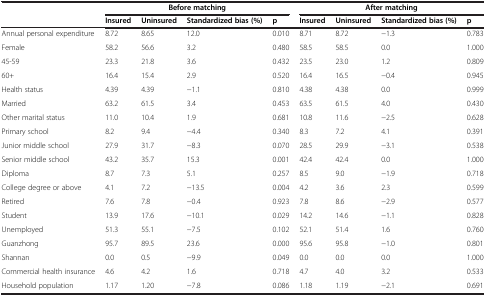
<table><thead><tr><td><b> </b></td><td colspan="4"><b>Before matching</b></td><td colspan="4"><b>After matching</b></td></tr><tr><td><b> </b></td><td><b>Insured</b></td><td><b>Uninsured</b></td><td><b>Standardized bias (%)</b></td><td><b>p</b></td><td><b>Insured</b></td><td><b>Uninsured</b></td><td><b>Standardized bias (%)</b></td><td><b>p</b></td></tr></thead><tbody><tr><td>Annual personal expenditure</td><td>8.72</td><td>8.65</td><td>12.0</td><td>0.010</td><td>8.71</td><td>8.72</td><td>-1.3</td><td>0.783</td></tr><tr><td>Female</td><td>58.2</td><td>56.6</td><td>3.2</td><td>0.480</td><td>58.5</td><td>58.5</td><td>0.0</td><td>1.000</td></tr><tr><td>45-59</td><td>23.3</td><td>21.8</td><td>3.6</td><td>0.432</td><td>23.5</td><td>23.0</td><td>1.2</td><td>0.809</td></tr><tr><td>60+</td><td>16.4</td><td>15.4</td><td>2.9</td><td>0.520</td><td>16.4</td><td>16.5</td><td>-0.4</td><td>0.945</td></tr><tr><td>Health status</td><td>4.39</td><td>4.39</td><td>-1.1</td><td>0.810</td><td>4.38</td><td>4.38</td><td>0.0</td><td>0.999</td></tr><tr><td>Married</td><td>63.2</td><td>61.5</td><td>3.4</td><td>0.453</td><td>63.5</td><td>61.5</td><td>4.0</td><td>0.430</td></tr><tr><td>Other marital status</td><td>11.0</td><td>10.4</td><td>1.9</td><td>0.681</td><td>10.8</td><td>11.6</td><td>-2.5</td><td>0.628</td></tr><tr><td>Primary school</td><td>8.2</td><td>9.4</td><td>-4.4</td><td>0.340</td><td>8.3</td><td>7.2</td><td>4.1</td><td>0.391</td></tr><tr><td>Junior middle school</td><td>27.9</td><td>31.7</td><td>-8.3</td><td>0.070</td><td>28.5</td><td>29.9</td><td>-3.1</td><td>0.538</td></tr><tr><td>Senior middle school</td><td>43.2</td><td>35.7</td><td>15.3</td><td>0.001</td><td>42.4</td><td>42.4</td><td>0.0</td><td>1.000</td></tr><tr><td>Diploma</td><td>8.7</td><td>7.3</td><td>5.1</td><td>0.257</td><td>8.5</td><td>9.0</td><td>-1.9</td><td>0.718</td></tr><tr><td>College degree or above</td><td>4.1</td><td>7.2</td><td>-13.5</td><td>0.004</td><td>4.2</td><td>3.6</td><td>2.3</td><td>0.599</td></tr><tr><td>Retired</td><td>7.6</td><td>7.8</td><td>-0.4</td><td>0.923</td><td>7.8</td><td>8.6</td><td>-2.9</td><td>0.577</td></tr><tr><td>Student</td><td>13.9</td><td>17.6</td><td>-10.1</td><td>0.029</td><td>14.2</td><td>14.6</td><td>-1.1</td><td>0.828</td></tr><tr><td>Unemployed</td><td>51.3</td><td>55.1</td><td>-7.5</td><td>0.102</td><td>52.1</td><td>51.4</td><td>1.6</td><td>0.760</td></tr><tr><td>Guanzhong</td><td>95.7</td><td>89.5</td><td>23.6</td><td>0.000</td><td>95.6</td><td>95.8</td><td>-1.0</td><td>0.801</td></tr><tr><td>Shannan</td><td>0.0</td><td>0.5</td><td>-9.9</td><td>0.049</td><td>0.0</td><td>0.0</td><td>0.0</td><td>1.000</td></tr><tr><td>Commercial health insurance</td><td>4.6</td><td>4.2</td><td>1.6</td><td>0.718</td><td>4.7</td><td>4.0</td><td>3.2</td><td>0.533</td></tr><tr><td>Household population</td><td>1.17</td><td>1.20</td><td>-7.8</td><td>0.086</td><td>1.18</td><td>1.19</td><td>-2.1</td><td>0.691</td></tr></tbody></table>